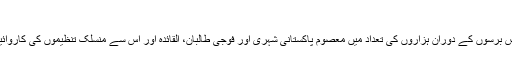
​
اس ميں کوئ شک نہيں کہ گزشتہ دس برسوں کے دوران ہزاروں کی تعداد ميں معصوم پاکستانی شہری اور فوجی طالبان، القائدہ اور اس سے منسلک تنظيموں کی کاروائيوں کے سبب لقمہ اجل بن چکے ہیں۔